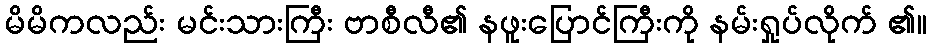
မိမိကလည်း မင်းသားကြီး ဗာစီလီ၏ နဖူးပြောင်ကြီးကို နမ်းရှုပ်လိုက် ၏။